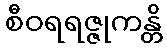
စီဝရရဇ္ဇုကန္တိ